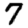
Digit: 7